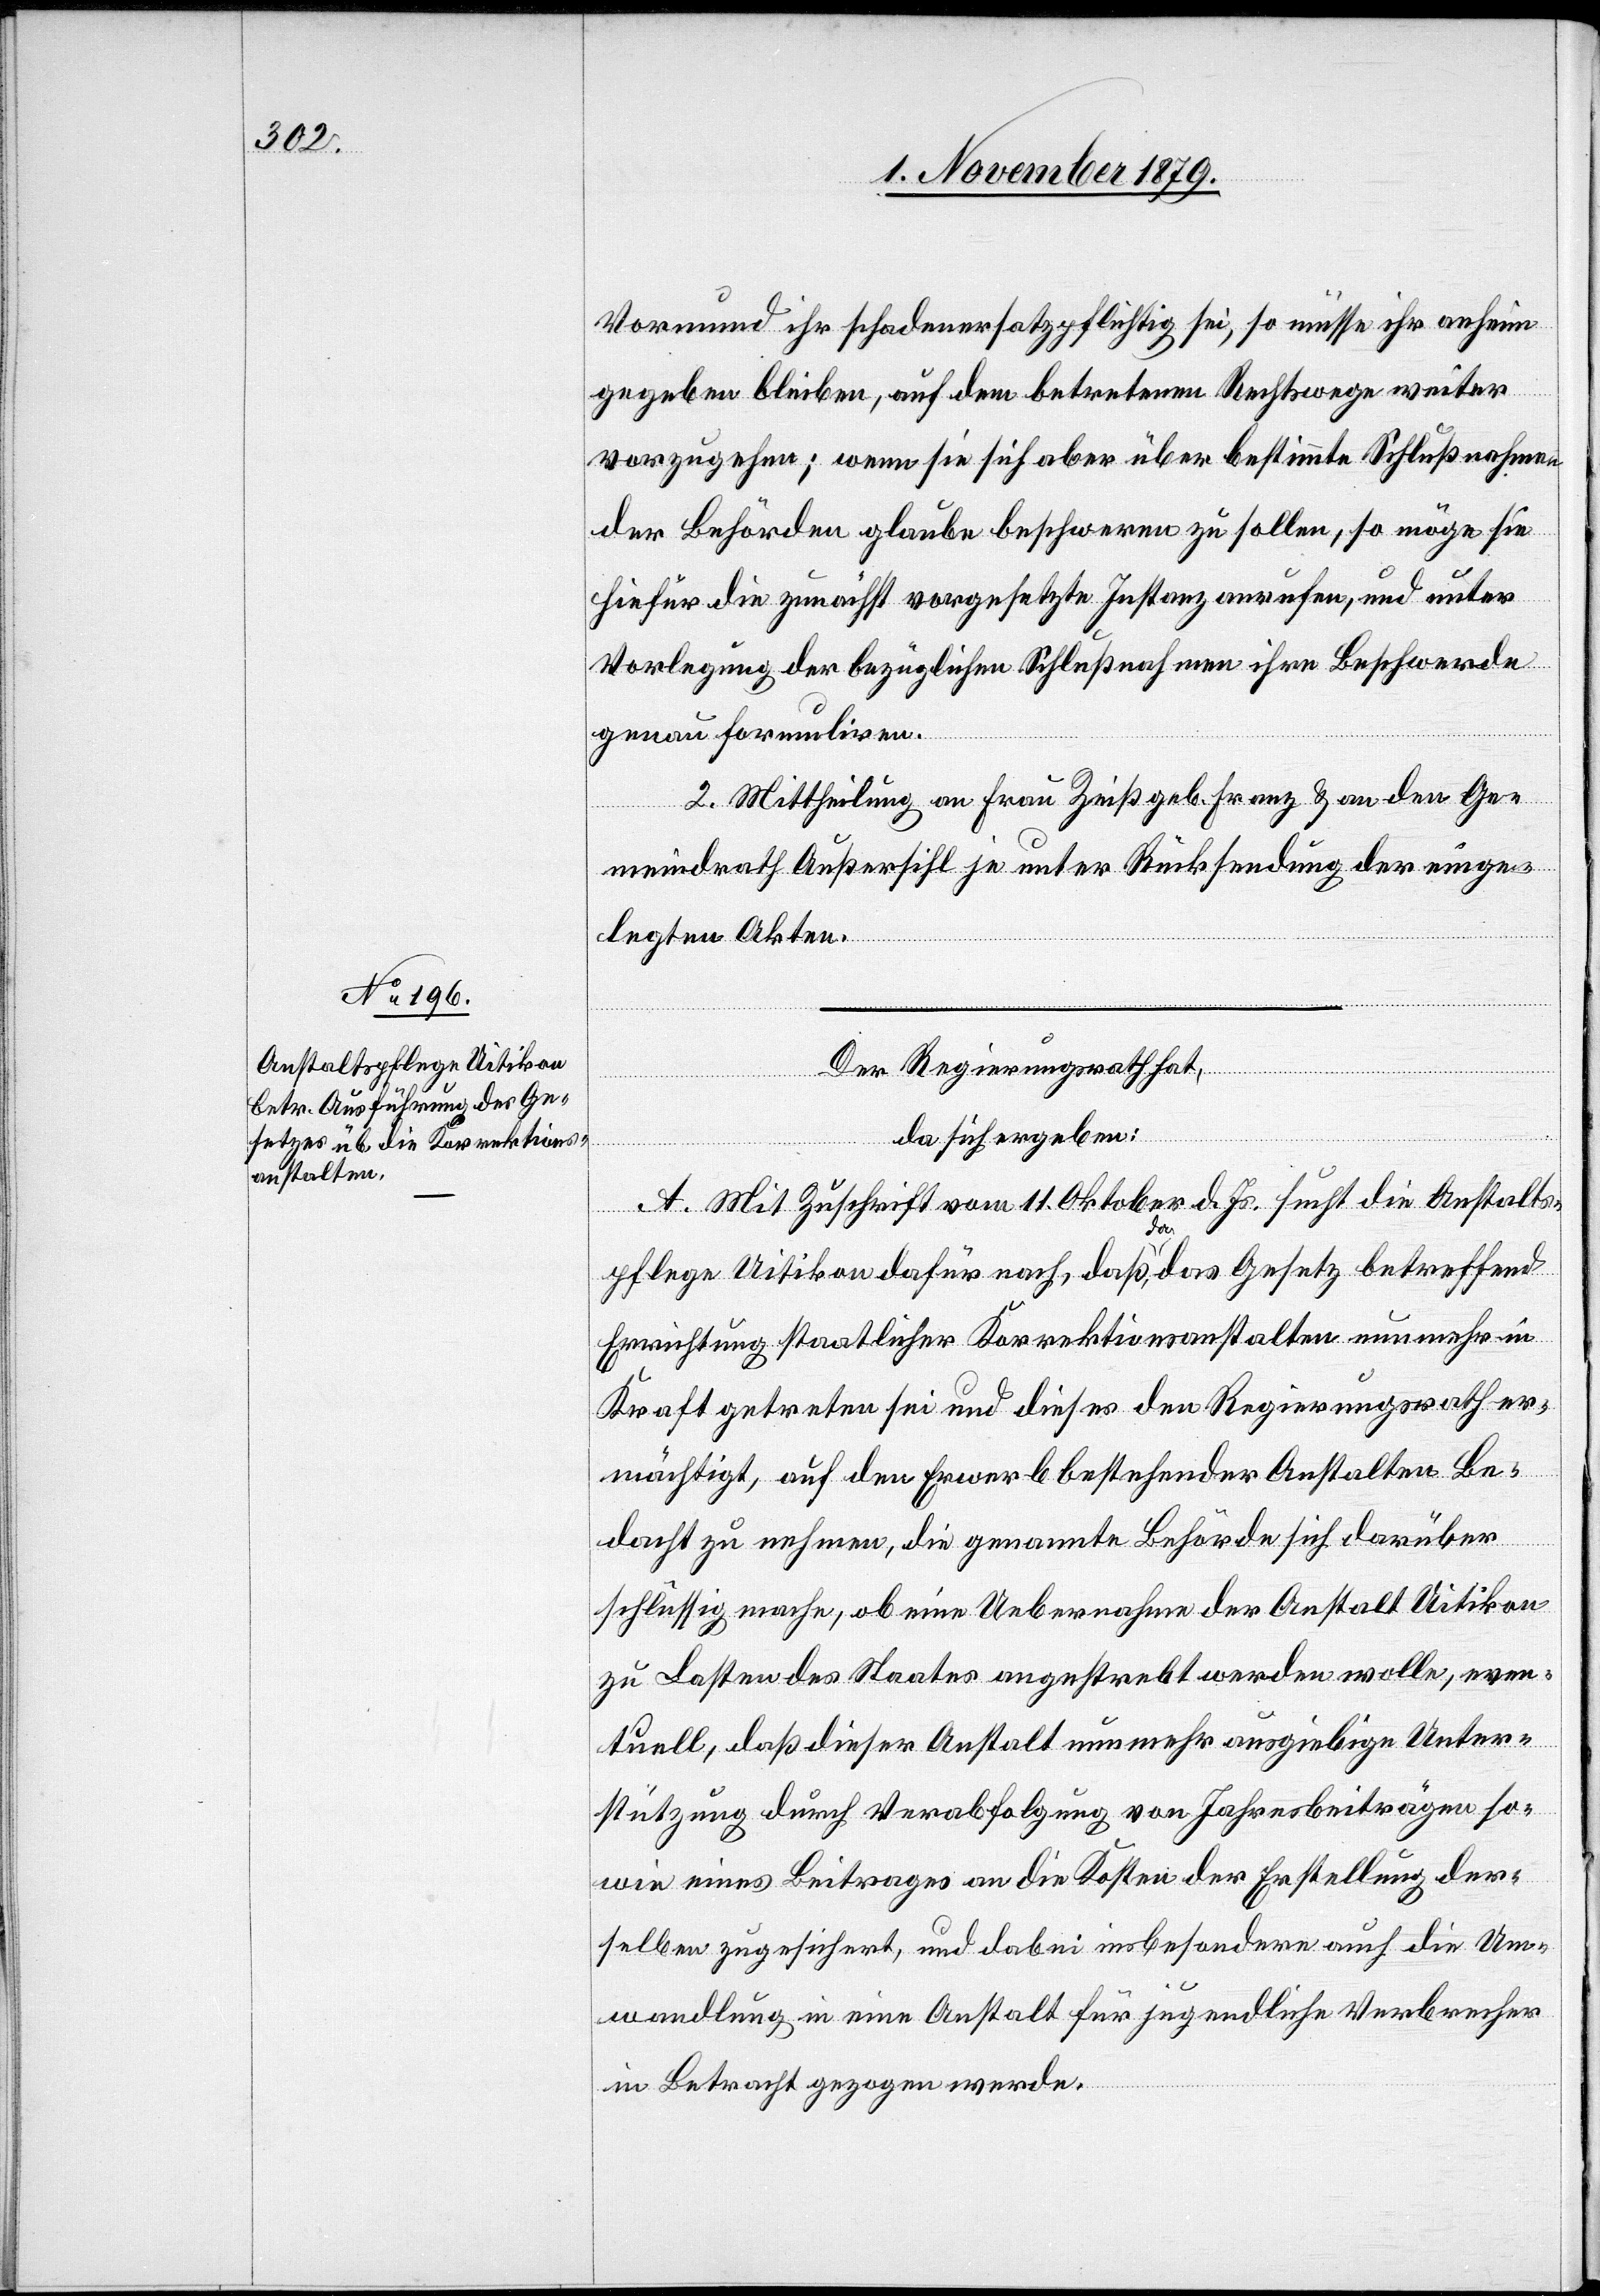
Vormund ihr schadenersatzpflichtig sei, so müsse ihr anheim
n.
gegeben bleiben, auf dem betretenen Rechtswege weiter
vorzugehen; wenn sie sich aber über bestimmte Schlußnahmen
der Behörden glaube beschweren zu sollen, so möge sie
hiefür die zunächst vorgesetzte Instanz anrufen, und unter
Vorlegung der bezüglichen Schlußnahmen ihre Beschwerde
genau formuliren.
2. Mittheilung an Frau Zeiß geb. Franz & an den Ge¬
meindrath Außersihl je unter Rückstellung der Akte¬
Der Regierungsrath hat,
da sich ergeben:
A. Mit Zuschrift vom 11. Oktober d. Js. sucht die Anstalts¬
pflege Uitikon dafür nach, daß, da das Gesetz betreffend
Errichtung staatlicher Korrektionsanstalten nunmehr in
Kraft getreten sei und dieses den Regierungsrath er¬
mächtigt, auf den Erwerb betreffender Anstalten Be¬
dacht zu nehmen, die genannte Behörde sich darüber
schlüssig mache, ob eine Uebernahme der Anstalt Uitikon
zu Lasten des Staates angestrebt werden wolle, even¬
tuell, daß dieser Anstalt nunmehr ausgiebige Unter¬
stützung durch Verabfolgung von Jahresbeiträgen so¬
wie eines Beitrages an die Kosten insbesondere auf die Um¬
wandlung in eine Anstalt für jugendliche Verbrecher
in Betracht gezogen werde.